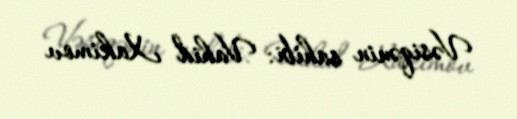
Vəsiqənin sahibi: Vahid Xakimov